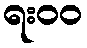
ရး၀၀